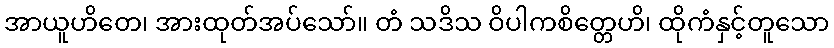
အာယူဟိတေ၊ အားထုတ်အပ်သော်။ တံ သဒိသ ဝိပါကစိတ္တေဟိ၊ ထိုကံနှင့်တူသော